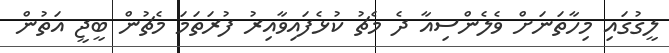
ލީގުގައި މިހާތަނަށް ވެލެންސިއާ ދެ މެޗު ކުޅެފައިވާއިރު ފުރަތަމަ މެޗުން ބީޖީ އަތުން